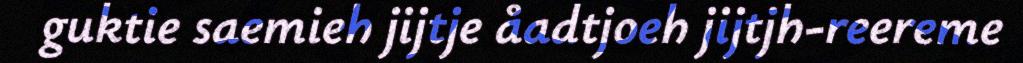
guktie saemieh jijtje åadtjoeh jijtjh-reereme